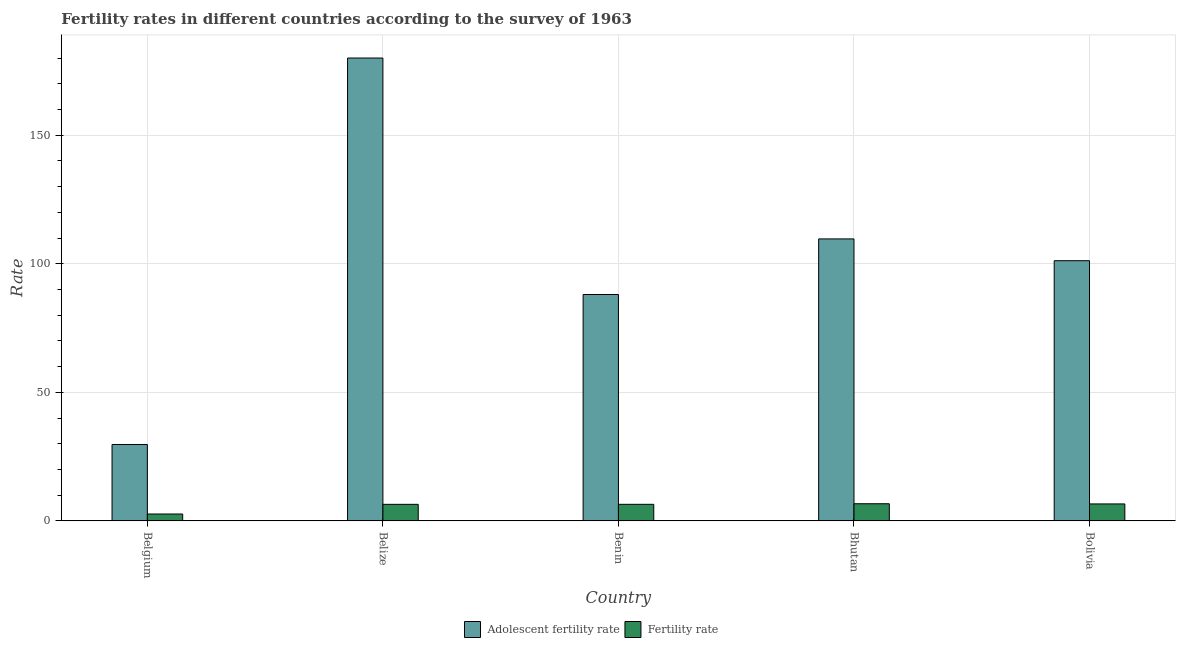
| Country | Adolescent fertility rate | Fertility rate |
 | --- | --- | --- |
 | Belgium | 29.7 | 2.68 |
 | Belize | 180 | 6.44 |
 | Benin | 88.1 | 6.45 |
 | Bhutan | 110 | 6.67 |
 | Bolivia | 101 | 6.6 |